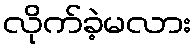
လိုက်ခဲ့မလား